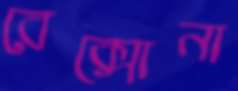
রেক্সোনা